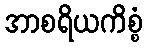
အာစရိယကိစ္စံ